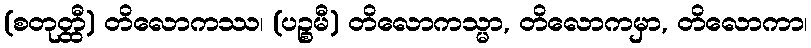
(စတုတ္ထီ) တိလောကဿ၊ (ပဉ္စမီ) တိလောကသ္မာ, တိလောကမှာ, တိလောကာ၊